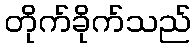
တိုက်ခိုက်သည်